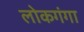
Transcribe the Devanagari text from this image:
लोकगंगा